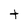
Character: t